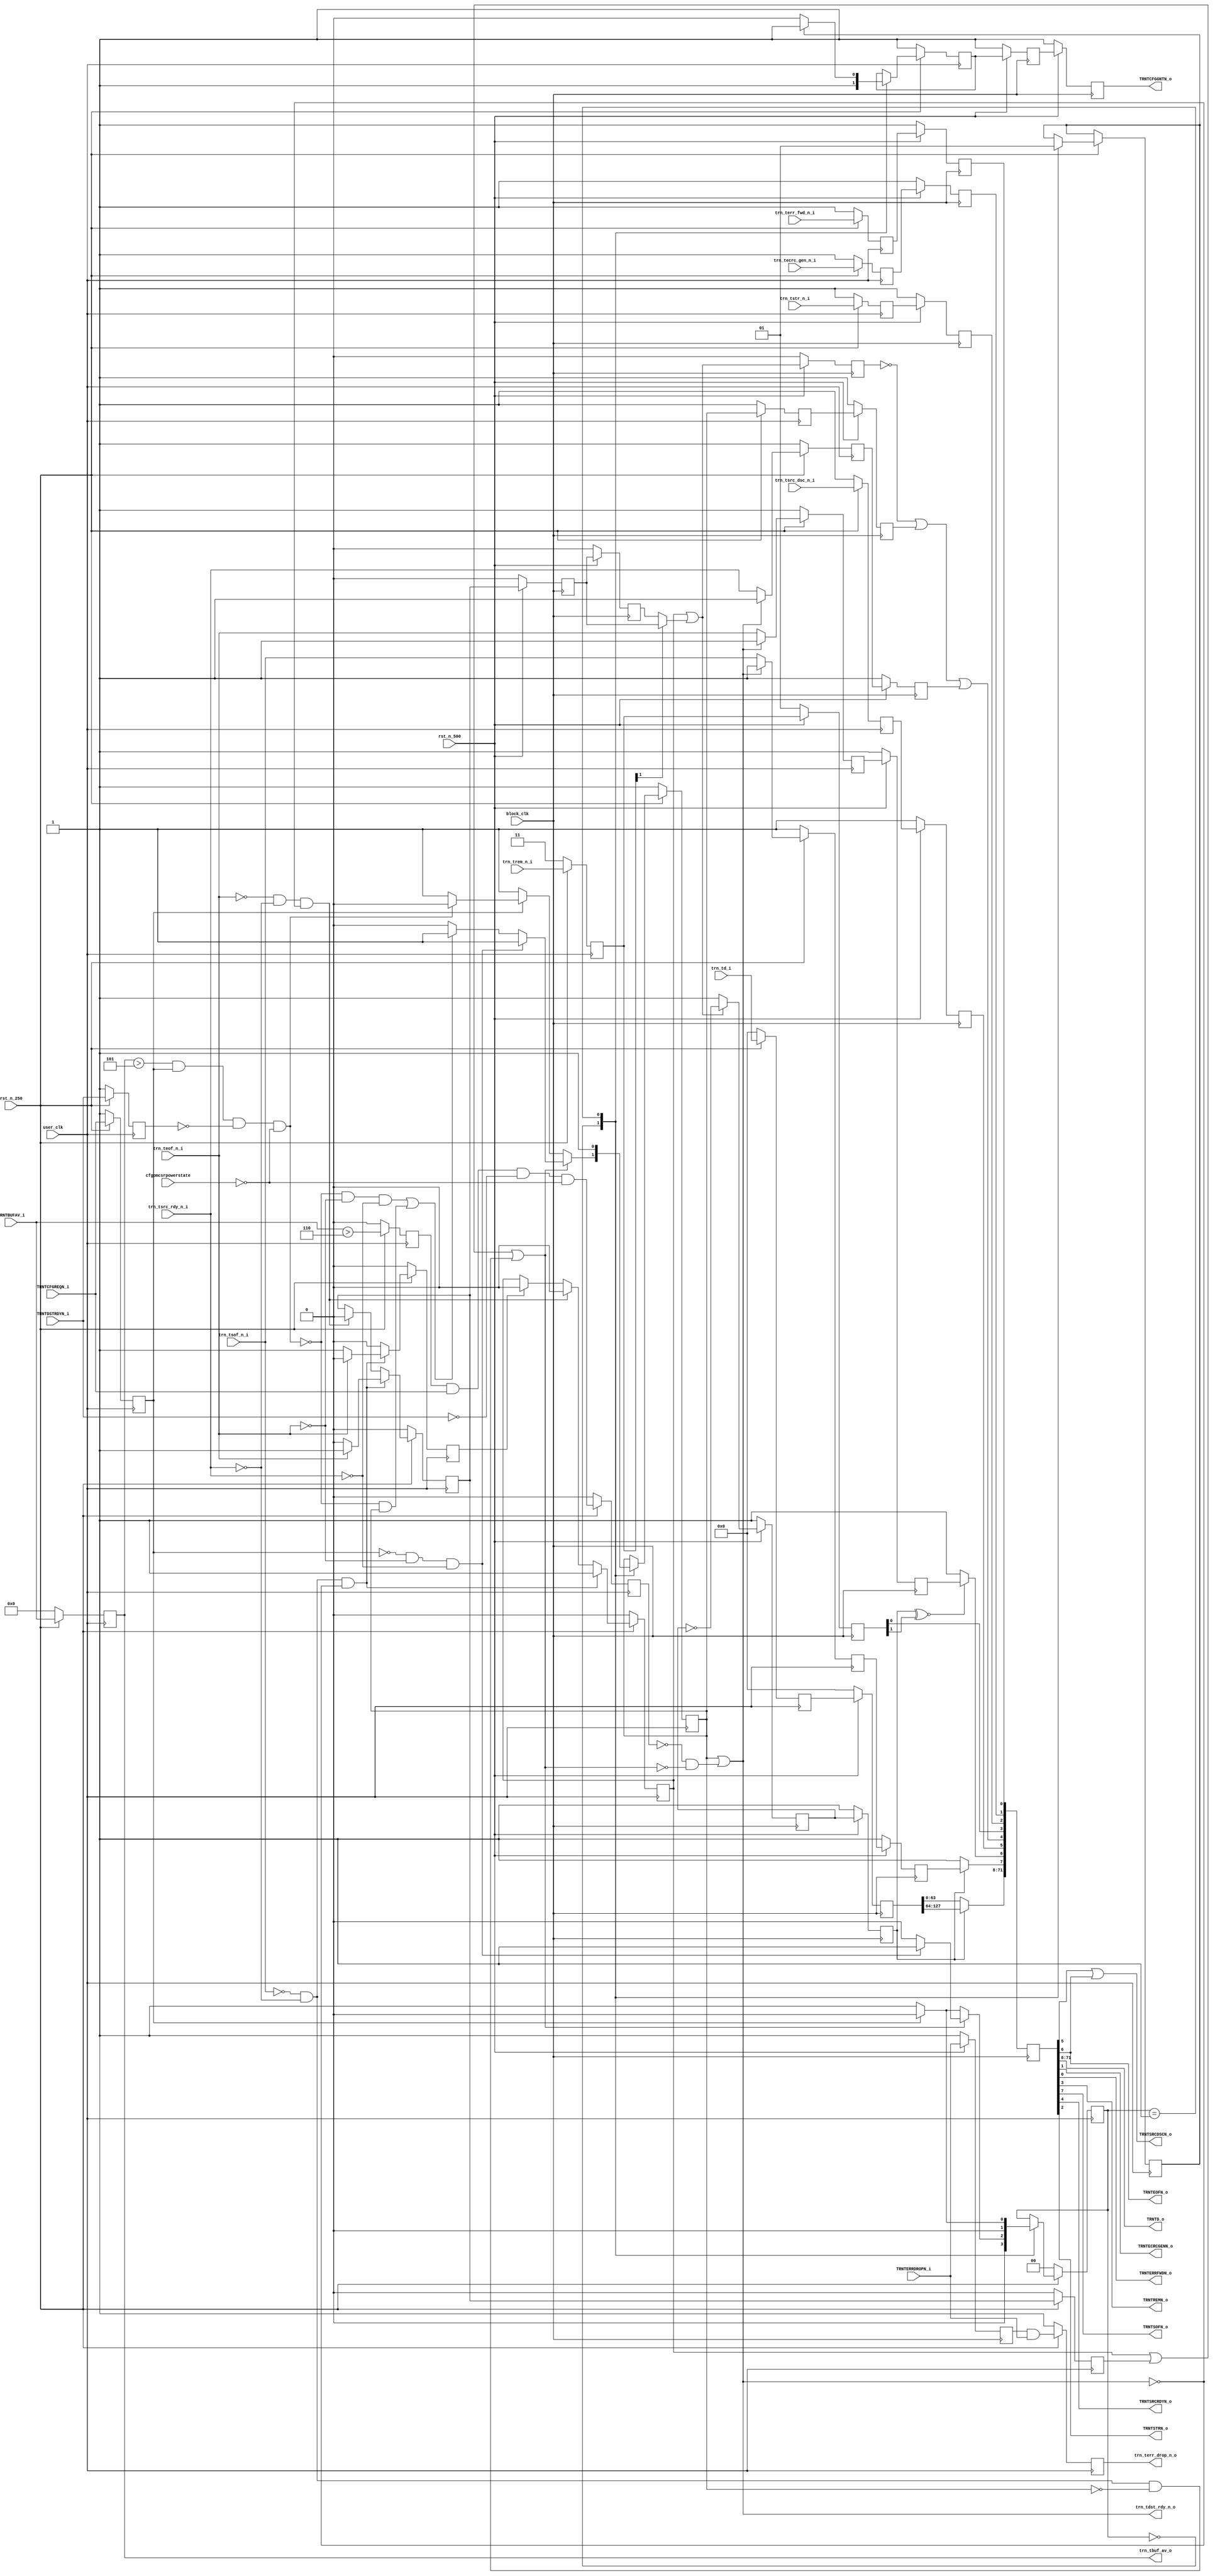
//-----------------------------------------------------------------------------
//
// (c) Copyright 2009-2011 Xilinx, Inc. All rights reserved.
//
// This file contains confidential and proprietary information
// of Xilinx, Inc. and is protected under U.S. and
// international copyright and other intellectual property
// laws.
//
// DISCLAIMER
// This disclaimer is not a license and does not grant any
// rights to the materials distributed herewith. Except as
// otherwise provided in a valid license issued to you by
// Xilinx, and to the maximum extent permitted by applicable
// law: (1) THESE MATERIALS ARE MADE AVAILABLE "AS IS" AND
// WITH ALL FAULTS, AND XILINX HEREBY DISCLAIMS ALL WARRANTIES
// AND CONDITIONS, EXPRESS, IMPLIED, OR STATUTORY, INCLUDING
// BUT NOT LIMITED TO WARRANTIES OF MERCHANTABILITY, NON-
// INFRINGEMENT, OR FITNESS FOR ANY PARTICULAR PURPOSE; and
// (2) Xilinx shall not be liable (whether in contract or tort,
// including negligence, or under any other theory of
// liability) for any loss or damage of any kind or nature
// related to, arising under or in connection with these
// materials, including for any direct, or any indirect,
// special, incidental, or consequential loss or damage
// (including loss of data, profits, goodwill, or any type of
// loss or damage suffered as a result of any action brought
// by a third party) even if such damage or loss was
// reasonably foreseeable or Xilinx had been advised of the
// possibility of the same.
//
// CRITICAL APPLICATIONS
// Xilinx products are not designed or intended to be fail-
// safe, or for use in any application requiring fail-safe
// performance, such as life-support or safety devices or
// systems, Class III medical devices, nuclear facilities,
// applications related to the deployment of airbags, or any
// other applications that could lead to death, personal
// injury, or severe property or environmental damage
// (individually and collectively, "Critical
// Applications"). Customer assumes the sole risk and
// liability of any use of Xilinx products in Critical
// Applications, subject only to applicable laws and
// regulations governing limitations on product liability.
//
// THIS COPYRIGHT NOTICE AND DISCLAIMER MUST BE RETAINED AS
// PART OF THIS FILE AT ALL TIMES.
//
//-----------------------------------------------------------------------------
// Project    : Virtex-6 Integrated Block for PCI Express
// Version    : 1.7
`timescale 1ps/1ps


// TRNTCFGREQN asserts to when user is throttled.  # pipeline stages needed
// to buffer data so single cycle tlps do not overflow transmitter

//-time it takes from detecting indicated TRNTBUFAV limit to when
// trn_tdst_rdy_n_o
//   deasserts for the user is 2 4ns cycles
//-2 4ns cycles = 4 2ns cycles, which is how many cycles of data are in flight
//-TRNTDSTRDYN deasserts when TRNBUFAV reaches 1
//-we cannot have TRNTBUFAV reach 1 before trn_tdst_rdy_n_o deasserts, so the
//   TRNTBUFAV value limit should be 5

`define TBUF_LIMIT 5
`define TBUF_LIMIT_REG 6
`define FIFO_DLY 1

module trn_tx_128 #(
   parameter TCQ = 100
) (

   input            user_clk,   // 125mhz div2
   input            block_clk,  // 250 to Block
   input            rst_n_250,
   input            rst_n_500,
   input  [1:0]     cfgpmcsrpowerstate,

   output [5:0]     trn_tbuf_av_o,
   output           trn_tdst_rdy_n_o,
   output           trn_terr_drop_n_o,
   input            trn_tecrc_gen_n_i,
   input  [127:0]    trn_td_i,
   input            trn_terr_fwd_n_i,
   input  [1:0]     trn_trem_n_i,
   input            trn_tsof_n_i,
   input            trn_teof_n_i,
   input            trn_tsrc_dsc_n_i,
   input            trn_tsrc_rdy_n_i,
   input            trn_tstr_n_i,

   input [5:0]      TRNTBUFAV_i,
   input            TRNTCFGREQN_i,
   input            TRNTDSTRDYN_i,
   input            TRNTERRDROPN_i,
   output           TRNTCFGGNTN_o,

   output  [63:0]   TRNTD_o,
   output           TRNTECRCGENN_o,
   output           TRNTERRFWDN_o,
   output           TRNTREMN_o,
   output           TRNTSOFN_o,
   output           TRNTEOFN_o,
   output           TRNTSRCDSCN_o,
   output           TRNTSRCRDYN_o,
   output           TRNTSTRN_o


);

parameter [1:0] USER_TLP = 0;
parameter [1:0] INT_TLP  = 1;


wire  [63:0]  trn_td_i_spry_new;
wire          trn_tecrc_gen_n_i_spry_new;
wire          trn_terr_fwd_n_i_spry_new;
wire          trn_trem_n_i_spry_new;
wire          trn_tsof_n_i_spry_new;
wire          trn_teof_n_i_spry_new;
wire          trn_tsrc_dsc_n_i_spry_new;
wire          trn_tsrc_rdy_n_i_spry_new;
wire          trn_tstr_n_i_spry_new;



wire          TRNTCFGGNTN_o_srl;
wire  [63:0]  trn_td_i_srl;
wire          trn_tecrc_gen_n_i_srl;
wire          trn_terr_fwd_n_i_srl;
wire          trn_trem_n_i_srl;
wire          trn_tsof_n_i_srl;
wire          trn_teof_n_i_srl;
wire          trn_tsrc_dsc_n_i_srl;
wire          trn_tsrc_rdy_n_i_srl;
wire          trn_tstr_n_i_srl;

wire          TRNTERRDROPN_i_250;


reg   [1:0]  reg_state;
wire  [1:0]  state;
wire         conditions_met;
reg          conditions_met_reg;
reg          conditions_met_reg_d;
wire [(64+9-1):0] srl_input;
wire [(64+9-1):0] srl_output;

reg          in_a_pkt;
reg          in_a_pkt_500;
wire         in_a_pkt_wire_250;
wire         in_a_pkt_wire_500;


reg          in_a_multi_pkt;
reg          in_a_multi_pkt_reg_500;
reg          in_a_multi_pkt_reg_500_d;
reg          in_a_multi_pkt_reg_250;

reg          one_cycle_pkt;
reg          toggle;
reg          toggle_500;

reg   [127:0] trn_td_i_reg;
reg          trn_tsof_n_i_reg;
reg          trn_teof_n_i_reg;
reg          trn_tsrc_dsc_n_i_reg;
reg          trn_tsrc_rdy_n_i_reg;
reg   [1:0]  trn_trem_n_i_reg;
reg          trn_tstr_n_i_reg;
reg          trn_tecrc_gen_n_i_reg = 1;
reg          trn_terr_fwd_n_i_reg;

reg   [127:0] trn_td_i_reg_500;
reg          trn_tsof_n_i_reg_500;
reg          trn_teof_n_i_reg_500;
reg          trn_tsrc_dsc_n_i_reg_500;
reg          trn_tsrc_rdy_n_i_reg_500;
reg   [1:0]  trn_trem_n_i_reg_500;
reg          trn_tstr_n_i_reg_500;
reg          trn_tecrc_gen_n_i_reg_500;
reg          trn_terr_fwd_n_i_reg_500;
reg          trn_tdst_rdy_n_int_reg_500;

reg          TRNTCFGGNTN_int;
reg          trn_tdst_rdy_n_int;
reg          trn_tdst_rdy_n_int_reg;


reg          TRNTCFGGNTN_o_reg;
reg          TRNTCFGGNTN_o_reg_d;
reg [5:0]    TRNTBUFAV_i_reg;
reg          TRNTCFGREQN_i_reg;
reg          TRNTDSTRDYN_i_reg;
reg          TRNTERRDROPN_i_reg;
reg          TRNTERRDROPN_i_reg_d;

reg          GNT_set;
integer      i;

reg [(64+9-1):0] shift [(`FIFO_DLY-1):0]; // pipeline `FIFO_DLY-1


assign TRNTCFGGNTN_o  = TRNTCFGGNTN_o_srl;
assign TRNTECRCGENN_o = trn_tecrc_gen_n_i_srl;
assign TRNTERRFWDN_o  = trn_terr_fwd_n_i_srl;
assign TRNTD_o        = trn_td_i_srl;
assign TRNTSOFN_o     = trn_tsof_n_i_srl;
assign TRNTEOFN_o     = trn_teof_n_i_srl;
assign TRNTSRCDSCN_o  = trn_tsrc_dsc_n_i_srl | trn_teof_n_i_srl;

assign TRNTSRCRDYN_o  = trn_tsrc_rdy_n_i_srl;


assign TRNTREMN_o     = trn_trem_n_i_srl;
assign TRNTSTRN_o     = trn_tstr_n_i_srl;


assign trn_tbuf_av_o     = TRNTBUFAV_i_reg;
assign TRNTERRDROPN_i_250 = TRNTERRDROPN_i_reg & TRNTERRDROPN_i;
assign trn_terr_drop_n_o = TRNTERRDROPN_i_reg_d;



//------------------------------------------------------------------
// register mostly inputs @ 250
//------------------------------------------------------------------

always @(posedge user_clk)
begin
   if (~rst_n_250)
   begin
      trn_td_i_reg               <= #TCQ 128'b0;
      trn_tsof_n_i_reg           <= #TCQ 1'b1;
      trn_teof_n_i_reg           <= #TCQ 1'b1;
      trn_tsrc_dsc_n_i_reg       <= #TCQ 1'b1;
      trn_tsrc_rdy_n_i_reg       <= #TCQ 1'b1;
      trn_trem_n_i_reg           <= #TCQ 2'h3;
      trn_tstr_n_i_reg           <= #TCQ 1'b1;
      trn_tecrc_gen_n_i_reg      <= #TCQ 1'b1;
      trn_terr_fwd_n_i_reg       <= #TCQ 1'b1;

      TRNTBUFAV_i_reg            <= #TCQ 6'b0;  // convert 500-250
      TRNTCFGREQN_i_reg          <= #TCQ 1'b1;  // convert 500-250
      TRNTDSTRDYN_i_reg          <= #TCQ 1'b1;  // convert 500-250

      in_a_multi_pkt_reg_250     <= #TCQ 0;
      trn_tdst_rdy_n_int_reg     <= #TCQ 1;

      TRNTERRDROPN_i_reg_d       <= #TCQ 1;

   end else begin

      if (~trn_tdst_rdy_n_o)
      begin
         trn_tsof_n_i_reg           <= #TCQ trn_tsof_n_i;
         trn_teof_n_i_reg           <= #TCQ trn_teof_n_i;
         trn_tsrc_rdy_n_i_reg       <= #TCQ trn_tsrc_rdy_n_i;
      end else begin
         trn_tsof_n_i_reg           <= #TCQ 1'b1;
         trn_teof_n_i_reg           <= #TCQ 1'b1;
         trn_tsrc_rdy_n_i_reg       <= #TCQ 1'b1;
      end

      trn_td_i_reg               <= #TCQ trn_td_i;
      trn_trem_n_i_reg           <= #TCQ trn_trem_n_i;
      trn_tstr_n_i_reg           <= #TCQ trn_tstr_n_i;
      trn_tecrc_gen_n_i_reg      <= #TCQ trn_tecrc_gen_n_i;
      trn_terr_fwd_n_i_reg       <= #TCQ trn_terr_fwd_n_i;
      trn_tsrc_dsc_n_i_reg       <= #TCQ trn_tsrc_dsc_n_i;


      TRNTBUFAV_i_reg            <= #TCQ TRNTBUFAV_i;
      TRNTCFGREQN_i_reg          <= #TCQ TRNTCFGREQN_i;
      TRNTDSTRDYN_i_reg          <= #TCQ TRNTDSTRDYN_i;

      in_a_multi_pkt_reg_250     <= #TCQ in_a_multi_pkt;
      trn_tdst_rdy_n_int_reg     <= #TCQ trn_tdst_rdy_n_int;
      TRNTERRDROPN_i_reg_d       <= #TCQ TRNTERRDROPN_i_250;

   end

end



//------------------------------------------------------------------
// register signals to SRL @ 500
//------------------------------------------------------------------

always @(posedge block_clk)
begin
   if(~rst_n_500)
   begin
      trn_td_i_reg_500           <= #TCQ 128'b0;
      trn_tsof_n_i_reg_500       <= #TCQ 1'b1;
      trn_teof_n_i_reg_500       <= #TCQ 1'b1;
      trn_tsrc_dsc_n_i_reg_500   <= #TCQ 1'b1;
      trn_tsrc_rdy_n_i_reg_500   <= #TCQ 1'b1;
      trn_trem_n_i_reg_500       <= #TCQ 1'b1;
      trn_tstr_n_i_reg_500       <= #TCQ 1'b1;
      trn_tecrc_gen_n_i_reg_500  <= #TCQ 1'b1;
      trn_terr_fwd_n_i_reg_500   <= #TCQ 1'b1;
      trn_tdst_rdy_n_int_reg_500 <= #TCQ 1'b1;

      in_a_multi_pkt_reg_500     <= #TCQ 1'b0;
      in_a_multi_pkt_reg_500_d   <= #TCQ 1'b0;

      TRNTCFGGNTN_o_reg          <= #TCQ 1'b1;  // convert 250-500
      TRNTCFGGNTN_o_reg_d        <= #TCQ 1'b1;  // convert 250-500

      TRNTERRDROPN_i_reg         <= #TCQ 1'b1;

      in_a_pkt_500               <= #TCQ 1'b0;
   end else begin
      trn_td_i_reg_500           <= #TCQ trn_td_i_reg;
      trn_tsof_n_i_reg_500       <= #TCQ trn_tsof_n_i_reg;
      trn_teof_n_i_reg_500       <= #TCQ trn_teof_n_i_reg;
      trn_tsrc_dsc_n_i_reg_500   <= #TCQ trn_tsrc_dsc_n_i_reg;
      trn_tsrc_rdy_n_i_reg_500   <= #TCQ trn_tsrc_rdy_n_i_reg;
      trn_trem_n_i_reg_500       <= #TCQ trn_trem_n_i_reg;
      trn_tstr_n_i_reg_500       <= #TCQ trn_tstr_n_i_reg;
      trn_tecrc_gen_n_i_reg_500  <= #TCQ trn_tecrc_gen_n_i_reg;
      trn_terr_fwd_n_i_reg_500   <= #TCQ trn_terr_fwd_n_i_reg;
      trn_tdst_rdy_n_int_reg_500 <= #TCQ trn_tdst_rdy_n_int_reg;

      in_a_multi_pkt_reg_500     <= #TCQ in_a_multi_pkt;
      in_a_multi_pkt_reg_500_d   <= #TCQ in_a_multi_pkt_reg_500;

      TRNTCFGGNTN_o_reg          <= #TCQ TRNTCFGGNTN_int;
      TRNTCFGGNTN_o_reg_d        <= #TCQ TRNTCFGGNTN_o_reg;

      TRNTERRDROPN_i_reg         <= #TCQ TRNTERRDROPN_i;

      in_a_pkt_500               <= #TCQ in_a_pkt_wire_500;
   end
end


assign #TCQ conditions_met = ((TRNTBUFAV_i_reg > `TBUF_LIMIT) &     // 250
                         TRNTCFGREQN_i_reg & ~TRNTDSTRDYN_i_reg  &  // 250 250
                         (cfgpmcsrpowerstate == 2'd0) );            // 250




always @(posedge user_clk)
begin
   if (~rst_n_250) begin
      conditions_met_reg <= #TCQ 1'b0;
      conditions_met_reg_d <= #TCQ 1'b0;
   end else begin
      conditions_met_reg <= #TCQ (TRNTBUFAV_i > `TBUF_LIMIT_REG);   // 250

      conditions_met_reg_d <= ((conditions_met_reg) &
                         TRNTCFGREQN_i & ~TRNTDSTRDYN_i  &          // 250 250
                         (cfgpmcsrpowerstate == 2'd0) );            // 250
   end
end

//------------------------------------------------------------------
//                            250
//------------------------------------------------------------------
always @(posedge user_clk)
begin
   if (~rst_n_250) begin
      one_cycle_pkt            <= #TCQ 0;
      in_a_multi_pkt           <= #TCQ 0;
      in_a_pkt                 <= #TCQ 0;
   end else begin
      if ( ~trn_tsof_n_i & ~trn_tsrc_rdy_n_i & ~trn_tdst_rdy_n_o)
      begin
         if (~trn_teof_n_i)
         begin
            one_cycle_pkt  <= #TCQ 1;
            in_a_multi_pkt <= #TCQ 0;
         end else begin
            one_cycle_pkt  <= #TCQ 0;
            in_a_multi_pkt <= #TCQ 1;
         end

         in_a_pkt     <= #TCQ 1;

      end else if (~trn_teof_n_i & ~trn_tsrc_rdy_n_i & ~trn_tdst_rdy_n_o)
      begin

         one_cycle_pkt  <= #TCQ 0;
         in_a_multi_pkt <= #TCQ 0;
         in_a_pkt       <= #TCQ 0;

      end
      else if (one_cycle_pkt)
      begin

         one_cycle_pkt  <= #TCQ 0;
         in_a_pkt       <= #TCQ 0;

      end
   end
end


assign in_a_pkt_wire_250 = in_a_pkt | in_a_multi_pkt_reg_250 |
    ~trn_tsof_n_i & ~trn_tsrc_rdy_n_i & ~trn_tdst_rdy_n_int;

assign in_a_pkt_wire_500 = in_a_pkt |
    (trn_trem_n_i_reg[1] ? in_a_multi_pkt_reg_500 : in_a_multi_pkt_reg_500_d);








//---------------------------------------------------------------------
// FSM to throttle user for TRNTCFGREQN and assert TRNTCFGGNTN
//---------------------------------------------------------------------

always @(posedge user_clk)
begin
   if (~rst_n_250)
   begin
      reg_state = 0;
   end else begin

      case (state)

         USER_TLP: begin // 0

            if (in_a_pkt_wire_250) begin
               if (!TRNTCFGREQN_i_reg && !trn_teof_n_i && !trn_tsrc_rdy_n_i)
                  reg_state = INT_TLP;
               else if (!conditions_met && !trn_teof_n_i && !trn_tsrc_rdy_n_i)
                  reg_state = USER_TLP;
               else
                  reg_state = USER_TLP;
            end else begin
               if (!TRNTCFGREQN_i_reg)
                  reg_state = INT_TLP;
               else
                  reg_state = USER_TLP;
            end
         end

         INT_TLP: begin // 1
           if (TRNTCFGREQN_i_reg)
               reg_state = USER_TLP;
            else
               reg_state = INT_TLP;
         end

      endcase

   end
end


//---------------------------------------------------------------------
// output(tdst_rdy) logic
//---------------------------------------------------------------------

always @(posedge user_clk)
begin
   if (~rst_n_250) begin
      TRNTCFGGNTN_int    <= #TCQ 1;
      trn_tdst_rdy_n_int <= #TCQ 1;
   end else begin

      case (state)


         USER_TLP: begin // 0

            TRNTCFGGNTN_int    <= #TCQ 1;
            GNT_set            <= #TCQ 0;

            if (in_a_pkt_wire_250) begin
               if (!TRNTCFGREQN_i_reg && !trn_teof_n_i && !trn_tsrc_rdy_n_i)
                  trn_tdst_rdy_n_int <= #TCQ 1;

               else if ((!conditions_met && !trn_teof_n_i && !trn_tsrc_rdy_n_i) ||
                        (!conditions_met && trn_tdst_rdy_n_int))
                  trn_tdst_rdy_n_int <= #TCQ 1;

               else
                  trn_tdst_rdy_n_int <= #TCQ 0;

            end else begin
               if (!TRNTCFGREQN_i_reg)
                  trn_tdst_rdy_n_int <= #TCQ 1;

               else if (!conditions_met)
                  trn_tdst_rdy_n_int <= #TCQ 1;

               else
                  trn_tdst_rdy_n_int <= #TCQ 0;

            end
         end

         INT_TLP: begin  // 1

            if (~GNT_set) begin
               TRNTCFGGNTN_int     <= #TCQ 0;
               GNT_set             <= #TCQ 1;
            end else begin
               TRNTCFGGNTN_int     <= #TCQ 1;
            end

            trn_tdst_rdy_n_int  <= #TCQ 1;
         end

      endcase
   end
end


assign #TCQ state = reg_state;


// this is so trn_tdst_rdy_n_o does not deasserts in middle of a packet
assign trn_tdst_rdy_n_o = trn_tdst_rdy_n_int |
                 (~conditions_met_reg_d & ~in_a_pkt_wire_250);




//----------------------------------------------------------------------
// Sprayer @ 500
//----------------------------------------------------------------------

always @(posedge block_clk)
begin
   if (~rst_n_500)
   begin

      toggle            <= #TCQ 1;
      toggle_500        <= #TCQ 1;

   end else begin

      if (in_a_pkt_wire_500)
         toggle         <= #TCQ ~toggle;
      else
         toggle         <= #TCQ 1;

      toggle_500        <= #TCQ toggle;
   end
end




assign trn_td_i_spry_new = toggle_500 ? trn_td_i_reg_500[127:64] : trn_td_i_reg_500[63:0];

assign trn_tsof_n_i_spry_new = toggle_500 ? trn_tsof_n_i_reg_500 : 1'b1;

// toggle   upper upper lower lower
// remn[1]  upper lower upper lower
// remn[0]  upper lower upper lower
//          eof   1     1     eof
assign trn_teof_n_i_spry_new = (toggle_500 ^~ trn_trem_n_i_reg_500[1]) ? trn_teof_n_i_reg_500 : 1'b1;

assign trn_tsrc_rdy_n_i_spry_new =   ~in_a_pkt_500 | trn_tdst_rdy_n_int_reg_500 |
                                  trn_tsrc_rdy_n_i_reg_500;

assign trn_tsrc_dsc_n_i_spry_new =  trn_tsrc_dsc_n_i_reg_500;

assign trn_trem_n_i_spry_new =  trn_trem_n_i_reg_500[0];
assign trn_tstr_n_i_spry_new = trn_tstr_n_i_reg_500;
assign trn_tecrc_gen_n_i_spry_new = trn_tecrc_gen_n_i_reg_500;
assign trn_terr_fwd_n_i_spry_new = trn_terr_fwd_n_i_reg_500;


assign #TCQ srl_input = {
                       TRNTCFGGNTN_o_reg_d,        trn_td_i_spry_new,
                       trn_tsof_n_i_spry_new,      trn_teof_n_i_spry_new,
                       trn_tsrc_dsc_n_i_spry_new,  trn_tsrc_rdy_n_i_spry_new,
                       trn_trem_n_i_spry_new,      trn_tstr_n_i_spry_new,
                       trn_tecrc_gen_n_i_spry_new, trn_terr_fwd_n_i_spry_new};




//----------------------------------------------------------------------
// SRL Pipeline

generate
   always @(posedge block_clk)
   begin
      for (i=(`FIFO_DLY-1); i>0; i=i-1)
         shift[i] <= #TCQ shift[i-1];
         shift[0] <= #TCQ srl_input;
   end
endgenerate

assign  srl_output = shift[(`FIFO_DLY-1)]; // `FIFO_DLY-1

assign TRNTCFGGNTN_o_srl     = TRNTCFGGNTN_o_reg_d;
assign trn_td_i_srl          = srl_output[71:8];
assign trn_tsof_n_i_srl      = srl_output[7];
assign trn_teof_n_i_srl      = srl_output[6];
assign trn_tsrc_dsc_n_i_srl  = srl_output[5];
assign trn_tsrc_rdy_n_i_srl  = srl_output[4];
assign trn_trem_n_i_srl      = srl_output[3];
assign trn_tstr_n_i_srl      = srl_output[2];
assign trn_tecrc_gen_n_i_srl = srl_output[1];
assign trn_terr_fwd_n_i_srl  = srl_output[0];


endmodule